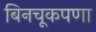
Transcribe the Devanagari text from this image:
बिनचूकपणा